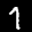
Label: 7